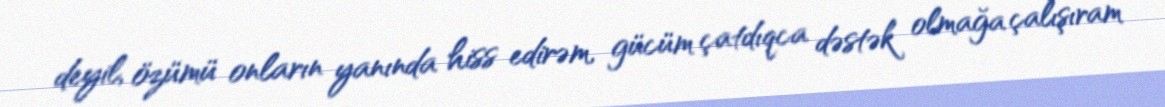
deyil, özümü onların yanında hiss edirəm, gücüm çatdıqca dəstək olmağa çalışıram